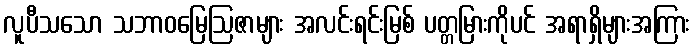
လူပီသသော သဘာဝမြေဩဇာများ အလင်းရင်းမြစ် ပတ္တမြားကိုပင် အရာရှိများအကြား